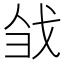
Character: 𢦳